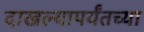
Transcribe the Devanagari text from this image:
दाखल्यापर्यंतच्या